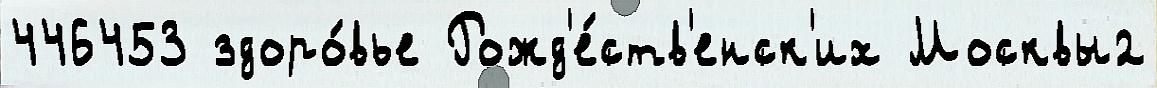
446453 здоро́вье Рожд'е́ств'енск'их Москвы2